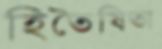
হিতৈষিতা